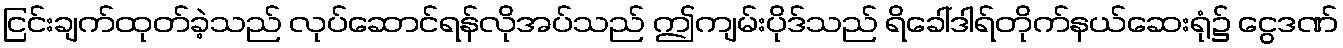
ငြင်းချက်ထုတ်ခဲ့သည် လုပ်ဆောင်ရန်လိုအပ်သည် ဤကျမ်းပိုဒ်သည် ရိခေါ်ဒါရ်တိုက်နယ်ဆေးရုံ၌ ငွေဒဏ်